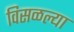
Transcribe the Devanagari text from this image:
विसळल्या